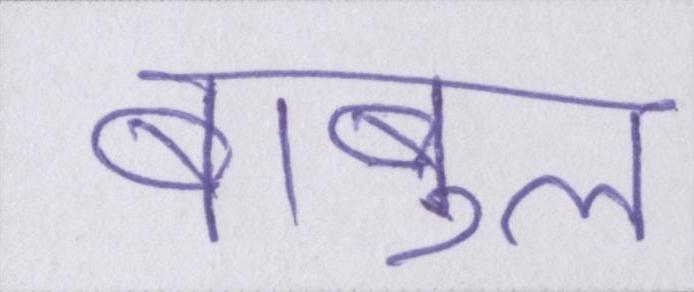
बाबुल